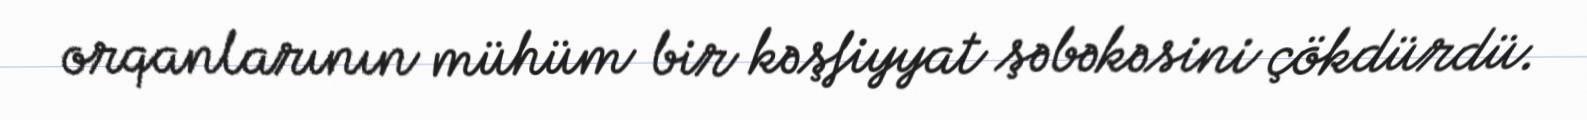
orqanlarının mühüm bir kəşfiyyat şəbəkəsini çökdürdü.